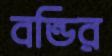
বন্ডির